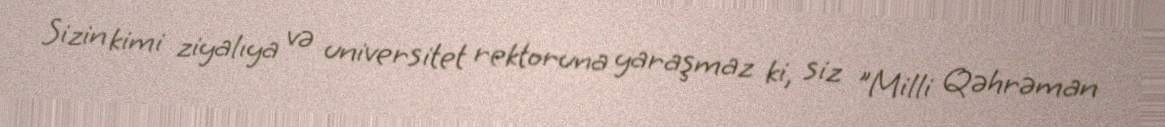
Sizin kimi ziyalıya və universitet rektoruna yaraşmaz ki, siz "Milli Qəhrəman